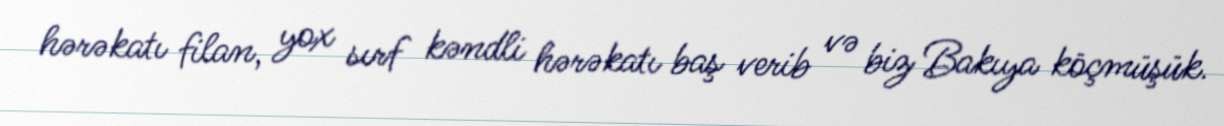
hərəkatı filan, yox sırf kəndli hərəkatı baş verib və biz Bakıya köçmüşük.